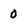
Character: 0